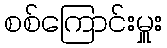
စစ်ကြောင်းမှူး